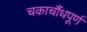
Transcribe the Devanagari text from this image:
चकाचौंधपूर्ण